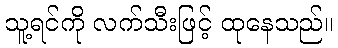
သူ့ရင်ကို လက်သီးဖြင့် ထုနေသည်။